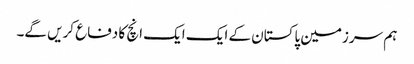
ہم سرزمین پاکستان کے ایک ایک انچ کا دفاع کریں گے۔